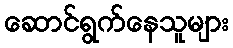
ဆောင်ရွက်နေသူများ